Bréfritari: Jón Jónsson
Viðtakandi: Jón Borgfirðings Jónsson
Dagsetning: A-1857-05-20
Skrifað á: Hesti  Borg.

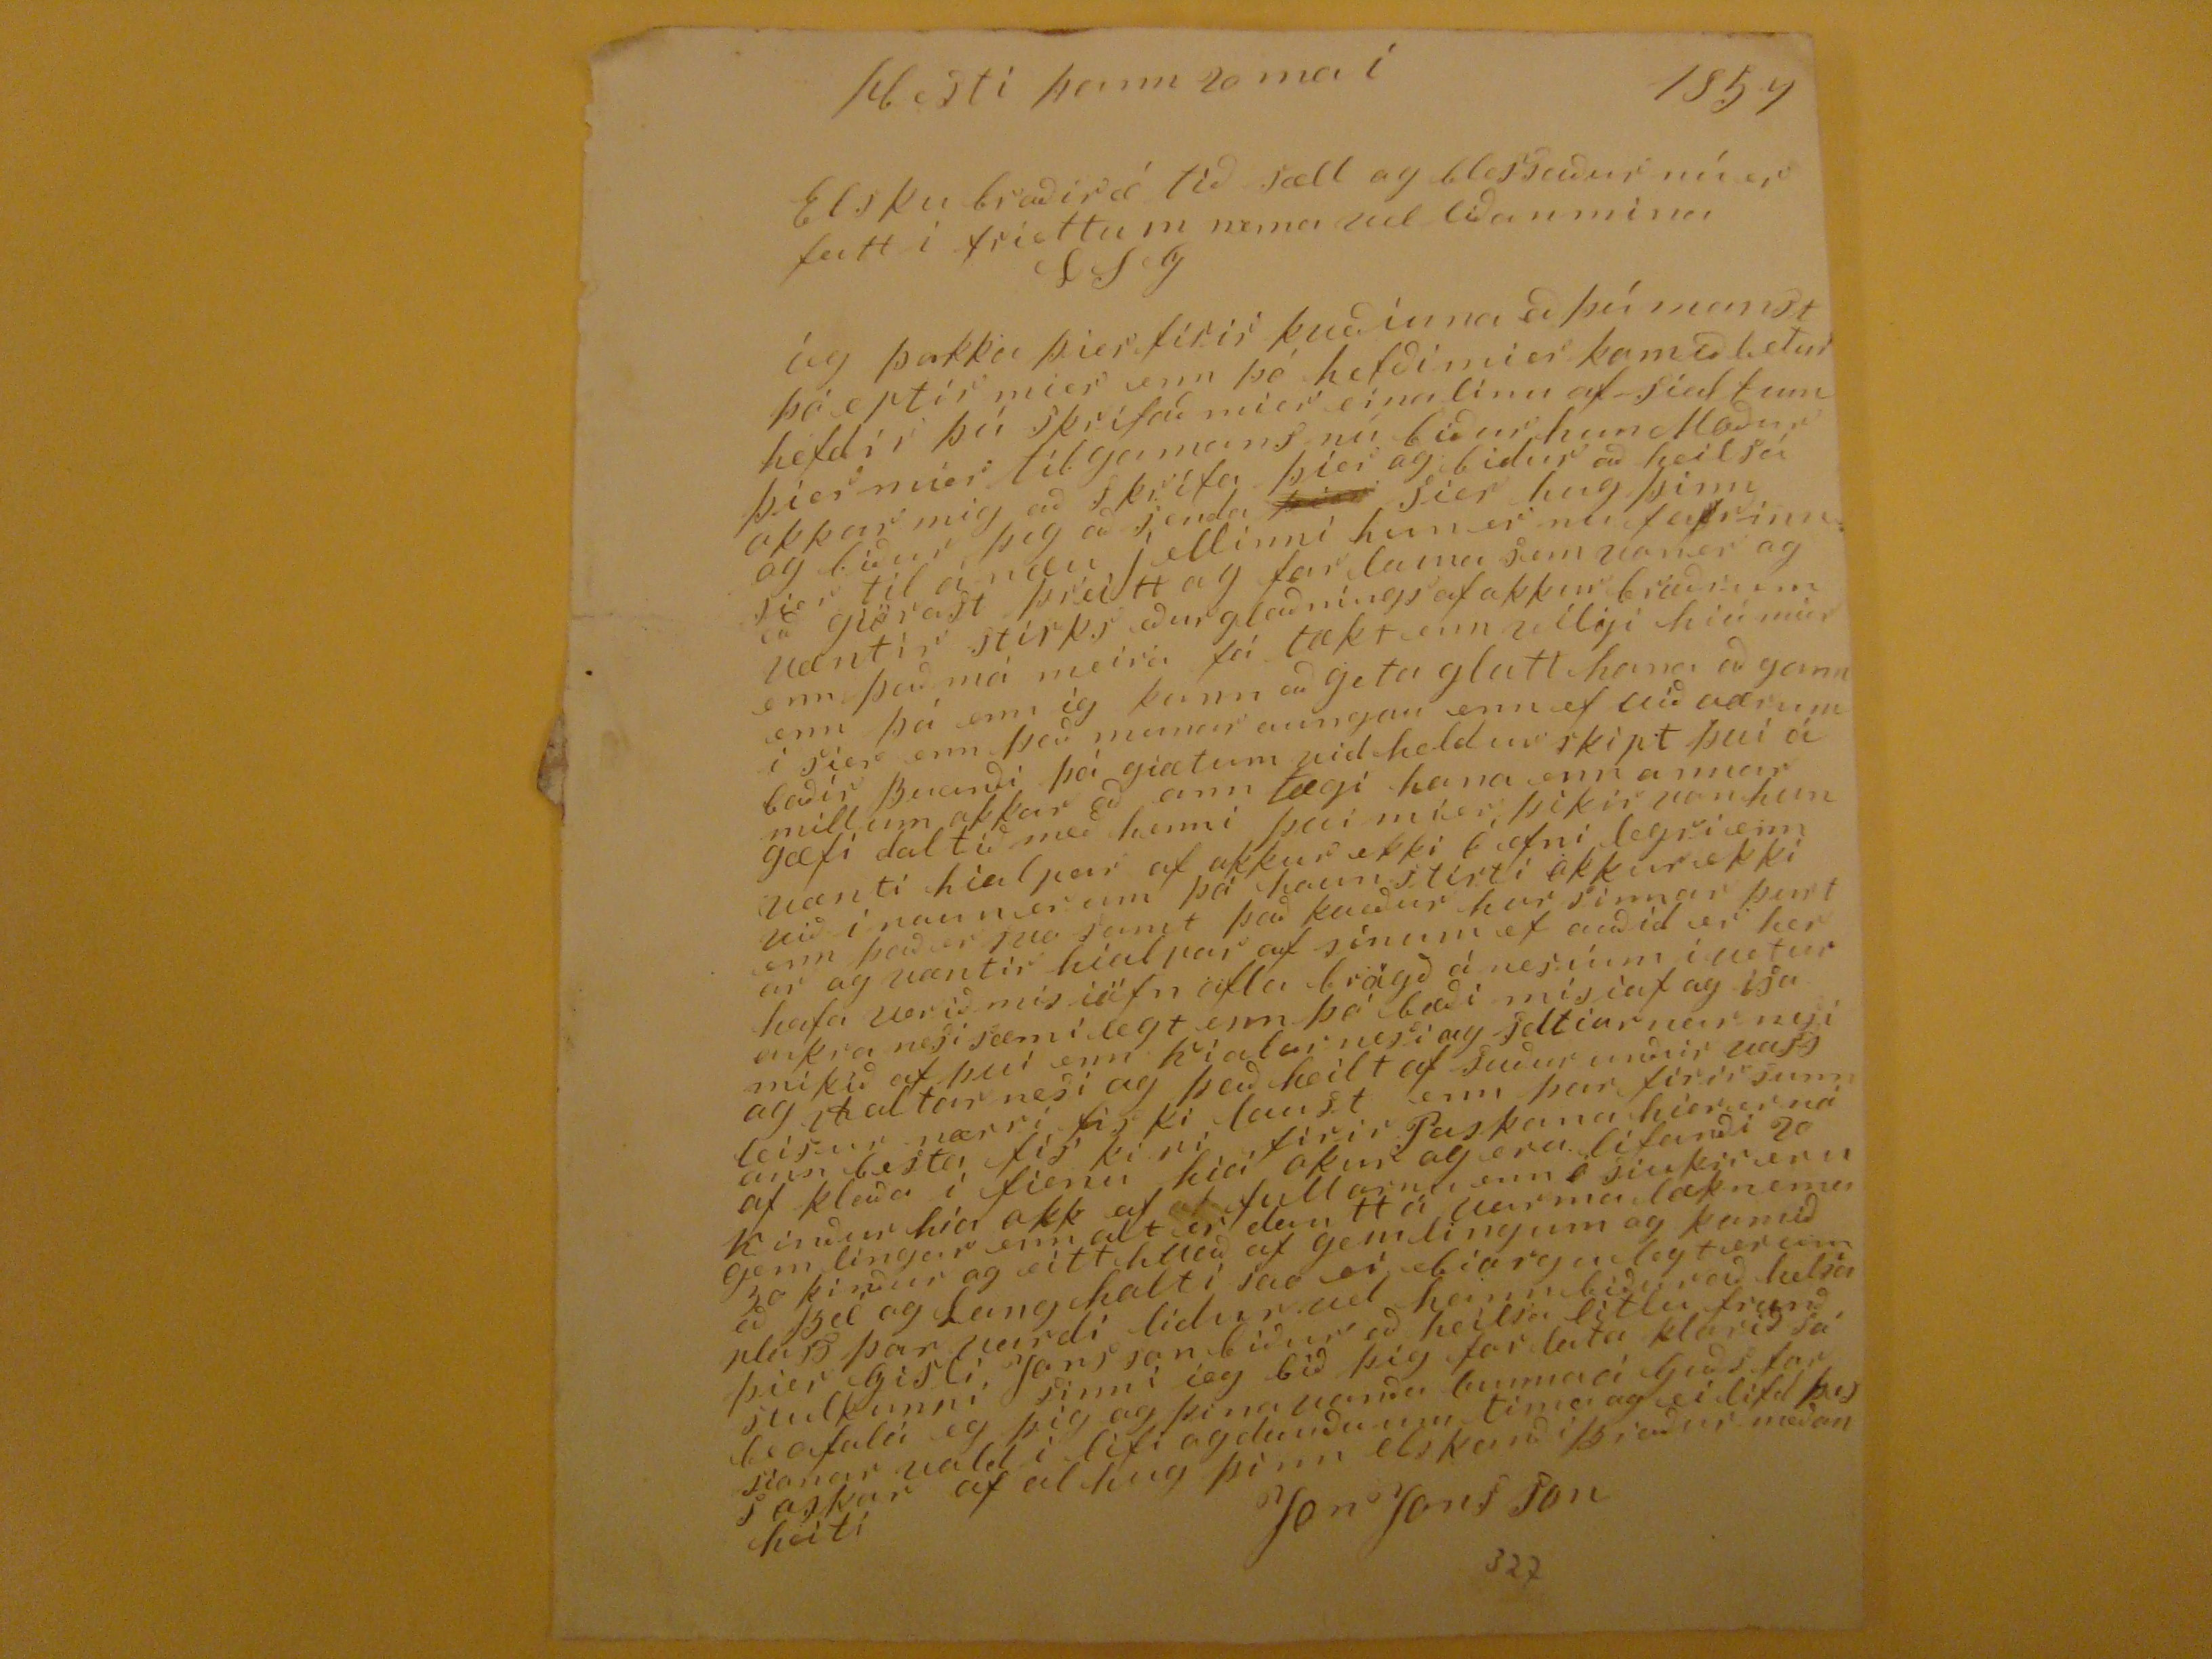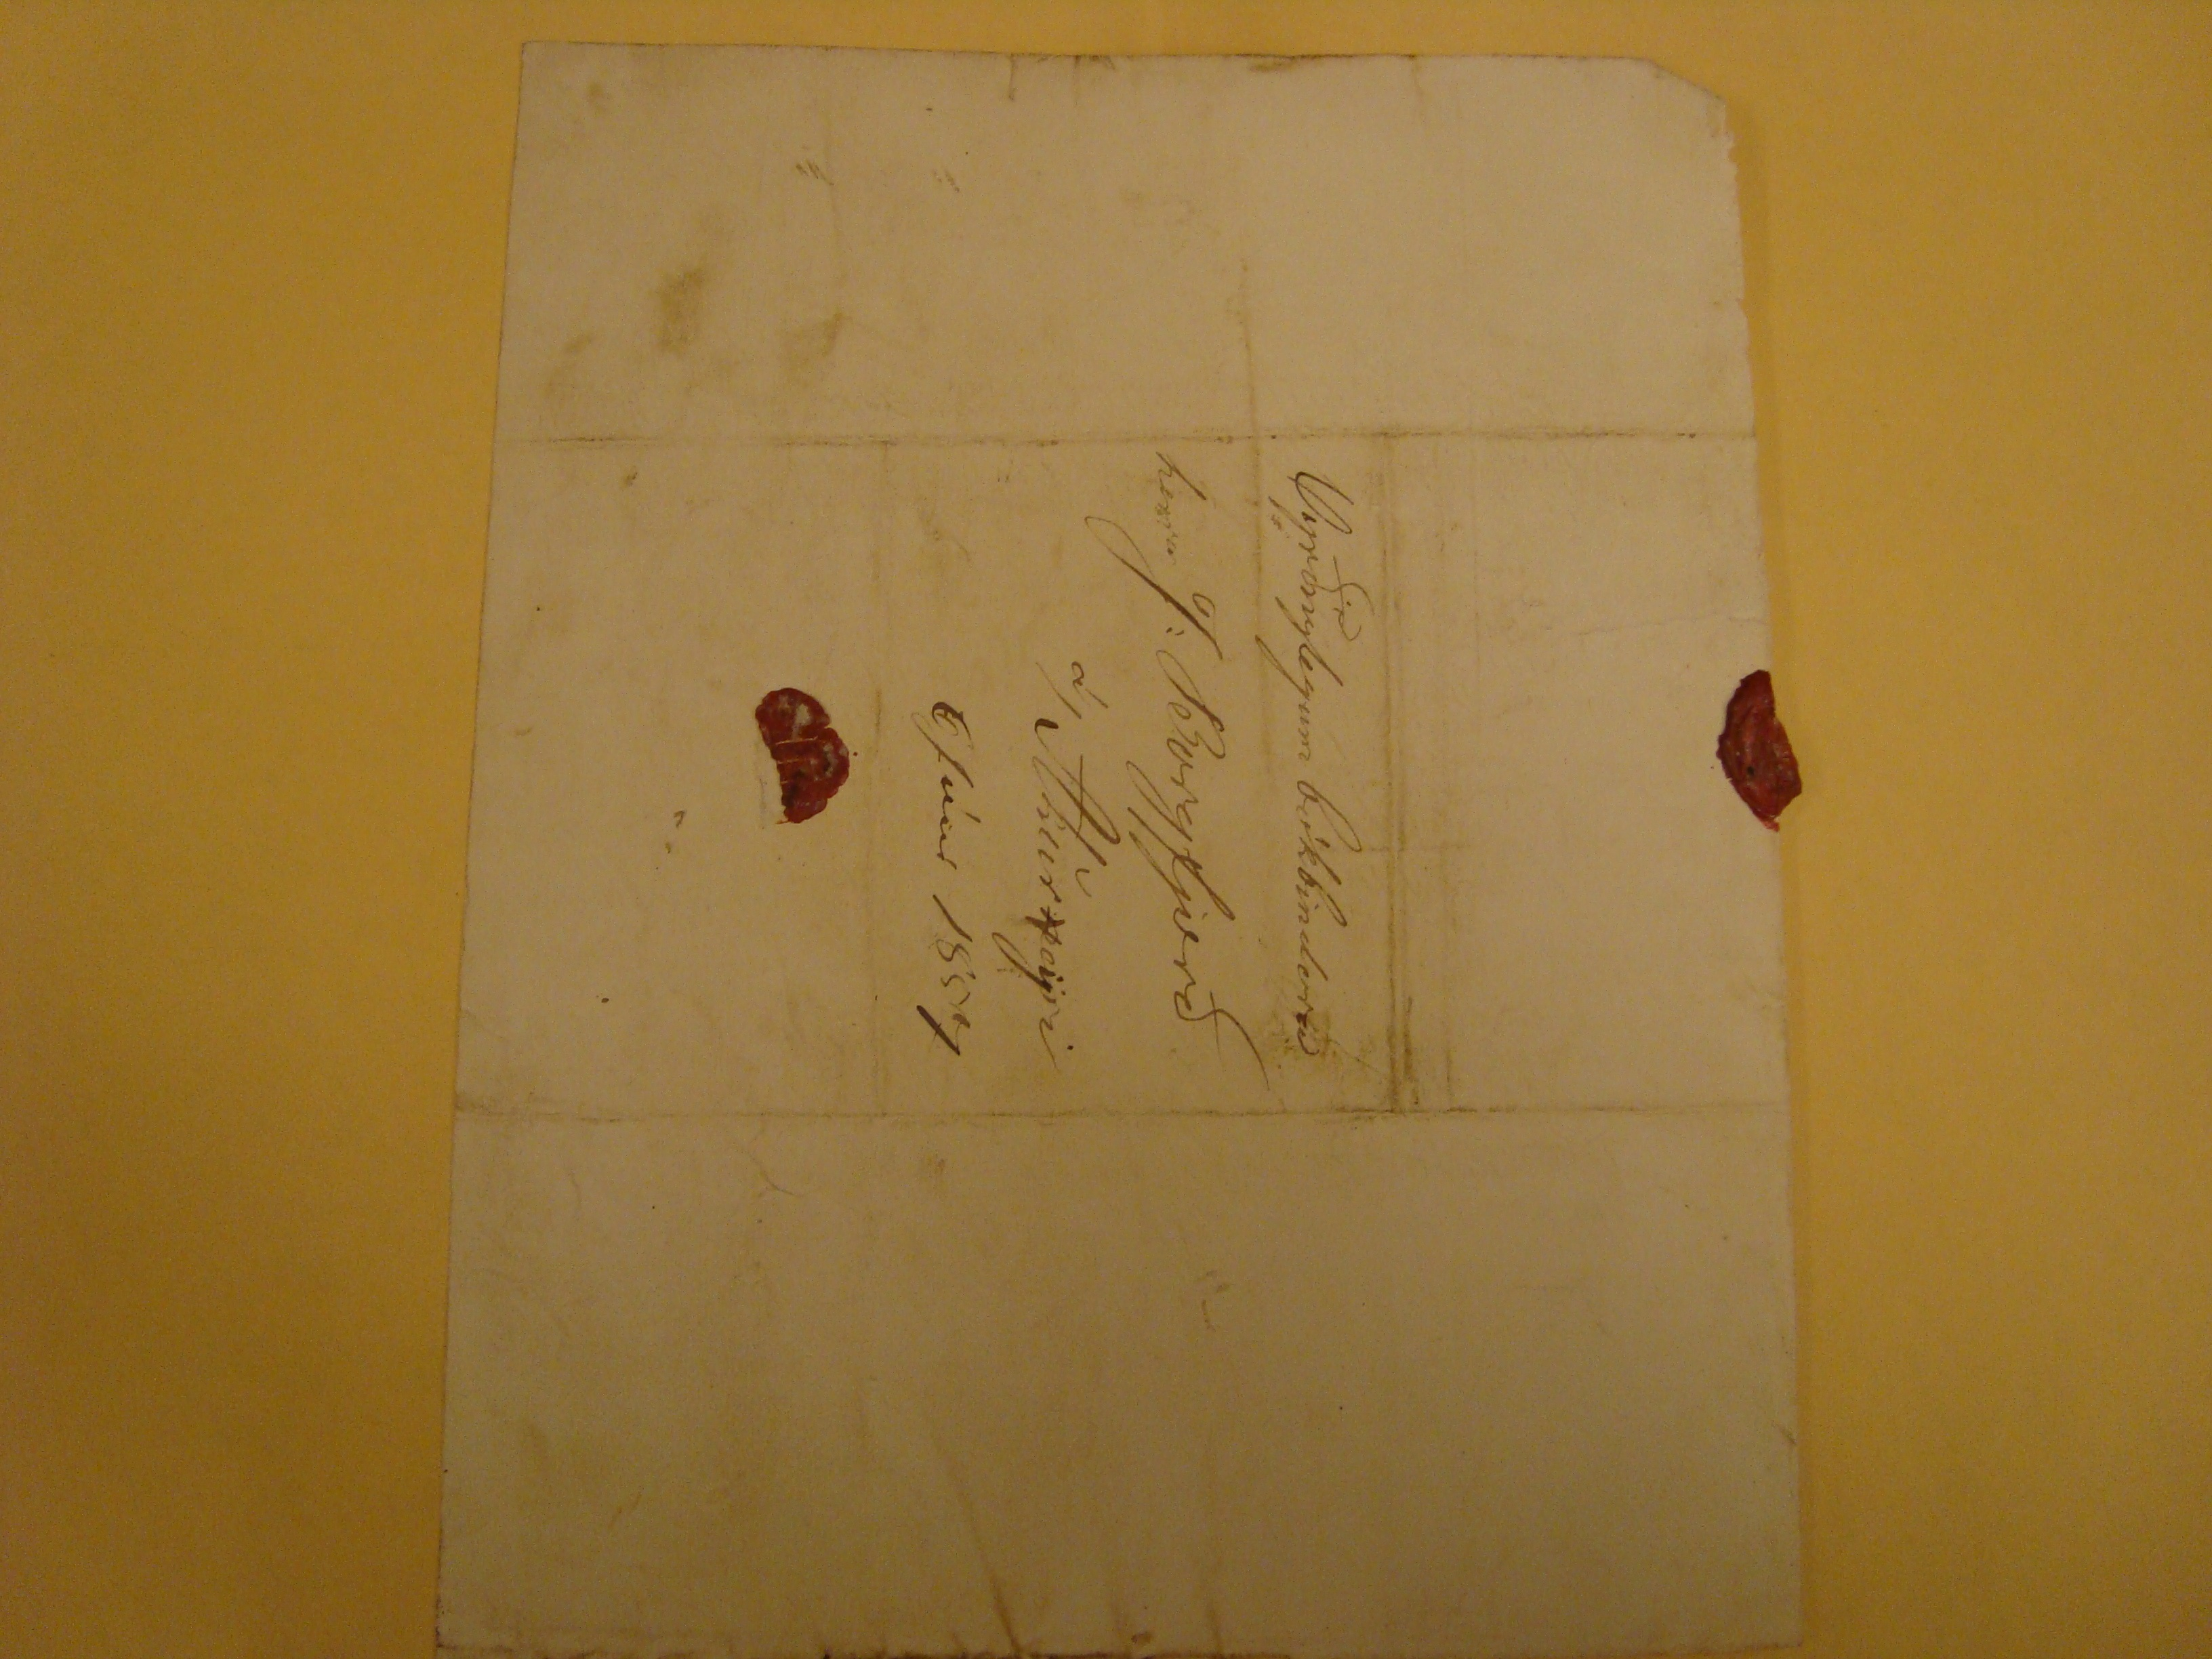

Hesti þann 20 maí 1857
Elsku broðir æ tið sæll og blessaður nú er fatt i friettum nema vel liðan mina
SSG
Eg þakka þier firir kveðíuna að þú manst þó eptir mier enn þó hefði mier komið betur hefdir þú skrifað mier eina linu af sialfum þier mier til gamans nú biður hun Moður okkar mig að skrifa þier og bidur að heilsa og biður þig að senda
þier
sier hug sinn sier til á næu j ellinni hun er nu fa
f
rinn að giörast þreitt og farlama sem vaner og væntir stirks eður glaðmíngs af okkur bræðrum enn það má meira fá tækt enn viliji hiá mier enn þá enn ig þann að geta glatt hana að manni sier enn það munar aungan enn ef við værum baðir Buanði þá giætum vid heldur skipt því á millum okkar að ann tægi hana enn annar gæfi dal tið með henni því míer þikir von hun vænti hialpar af ukkur ekki Ó efni legri enn við i naun er um þá hann stirti okkur enn það er svo samt það kveður hur sinnar
þurtar
og væntir hialpar af sinum ef auðid er her hafa verið mis iöfn afla brögð á nesinm i vetur onkra nesi sæmilegt enn þó bæði mis iaf og
lsa
mikið af því enn Kialarnesi og seltiarnar nesi og
?altar
nesi og það heilt af suður vunður vass leisur nærri fiski laust enn þar firir sunnann besta fis ki ri firir Paskana hier er ná af kláða i fienu hiá okur og eru lifanði 20 Kinður hier okk af
af
fullornu enn
o
siukir eru gemlingar enn alt er dautt á varma læknemu 30 kinður og eitt hVað af gemlingum og komið að Bæ og Langholti svo ei biarganlegt erum plass Þor vardi lidur vel hann bidur að heilsa þier Gisli Jons son biður að heilsa litlu frænð stulkunni sinni ieg bið þig for lata klorið sá
beafalda
eg þig og þina vanða bunnaá Guðs forsionar vald i lifi og dauða um tima og ei lifd þess oskar af al hug þinn elskanði Broður meðan heiti
Jon JOnsson
Vyrðuglegum bókbindara
herra J: Borgfjorð
á/Akur
n
eyri
6 Júní 1857